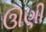
ઊણી